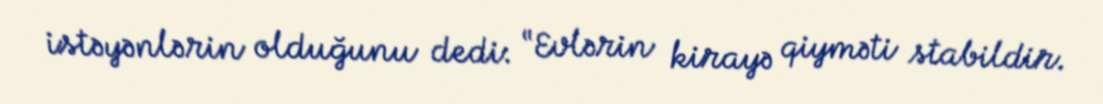
istəyənlərin olduğunu dedi: “Evlərin kirayə qiyməti stabildir.